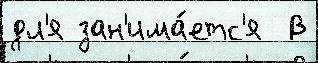
дл'я зан'има́етс'я  В